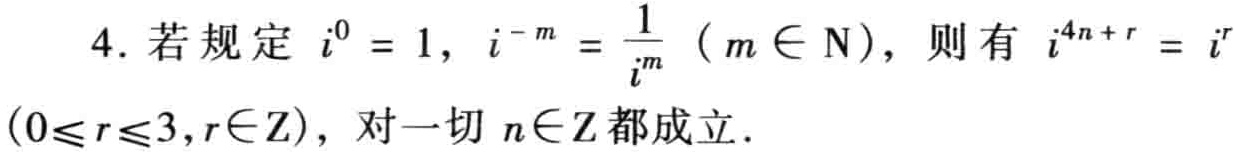
4. 若规定 \(i^{0}=1\)，\(i^{-m}=\frac{1}{i^{m}}\)（\(m\in\mathrm{N}\)），则有 \(i^{4n + r}=i^{r}\)（\(0\leq r\leq3,r\in\mathrm{Z}\)），对一切 \(n\in\mathrm{Z}\) 都成立.